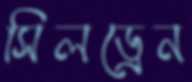
সিলড্রেন